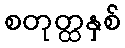
စတုတ္ထနှစ်